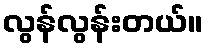
လွန်လွန်းတယ်။